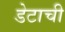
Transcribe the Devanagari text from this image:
डेटाची